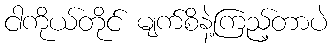
ငါကိုယ်တိုင် မျက်စိနဲ့ကြည့်တာပဲ